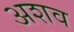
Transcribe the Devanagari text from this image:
अशव